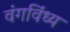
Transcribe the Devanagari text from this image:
वंगविंध्य